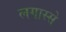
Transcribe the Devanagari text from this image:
लगास्से